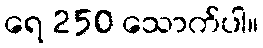
ရေ 250 သောက်ပါ။